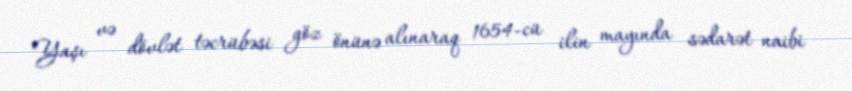
Yaşı və dövlət təcrübəsi göz önünə alınaraq 1654-cü ilin mayında sədarət naibi